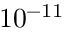
1 0 ^ { - 1 1 }